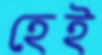
হেই